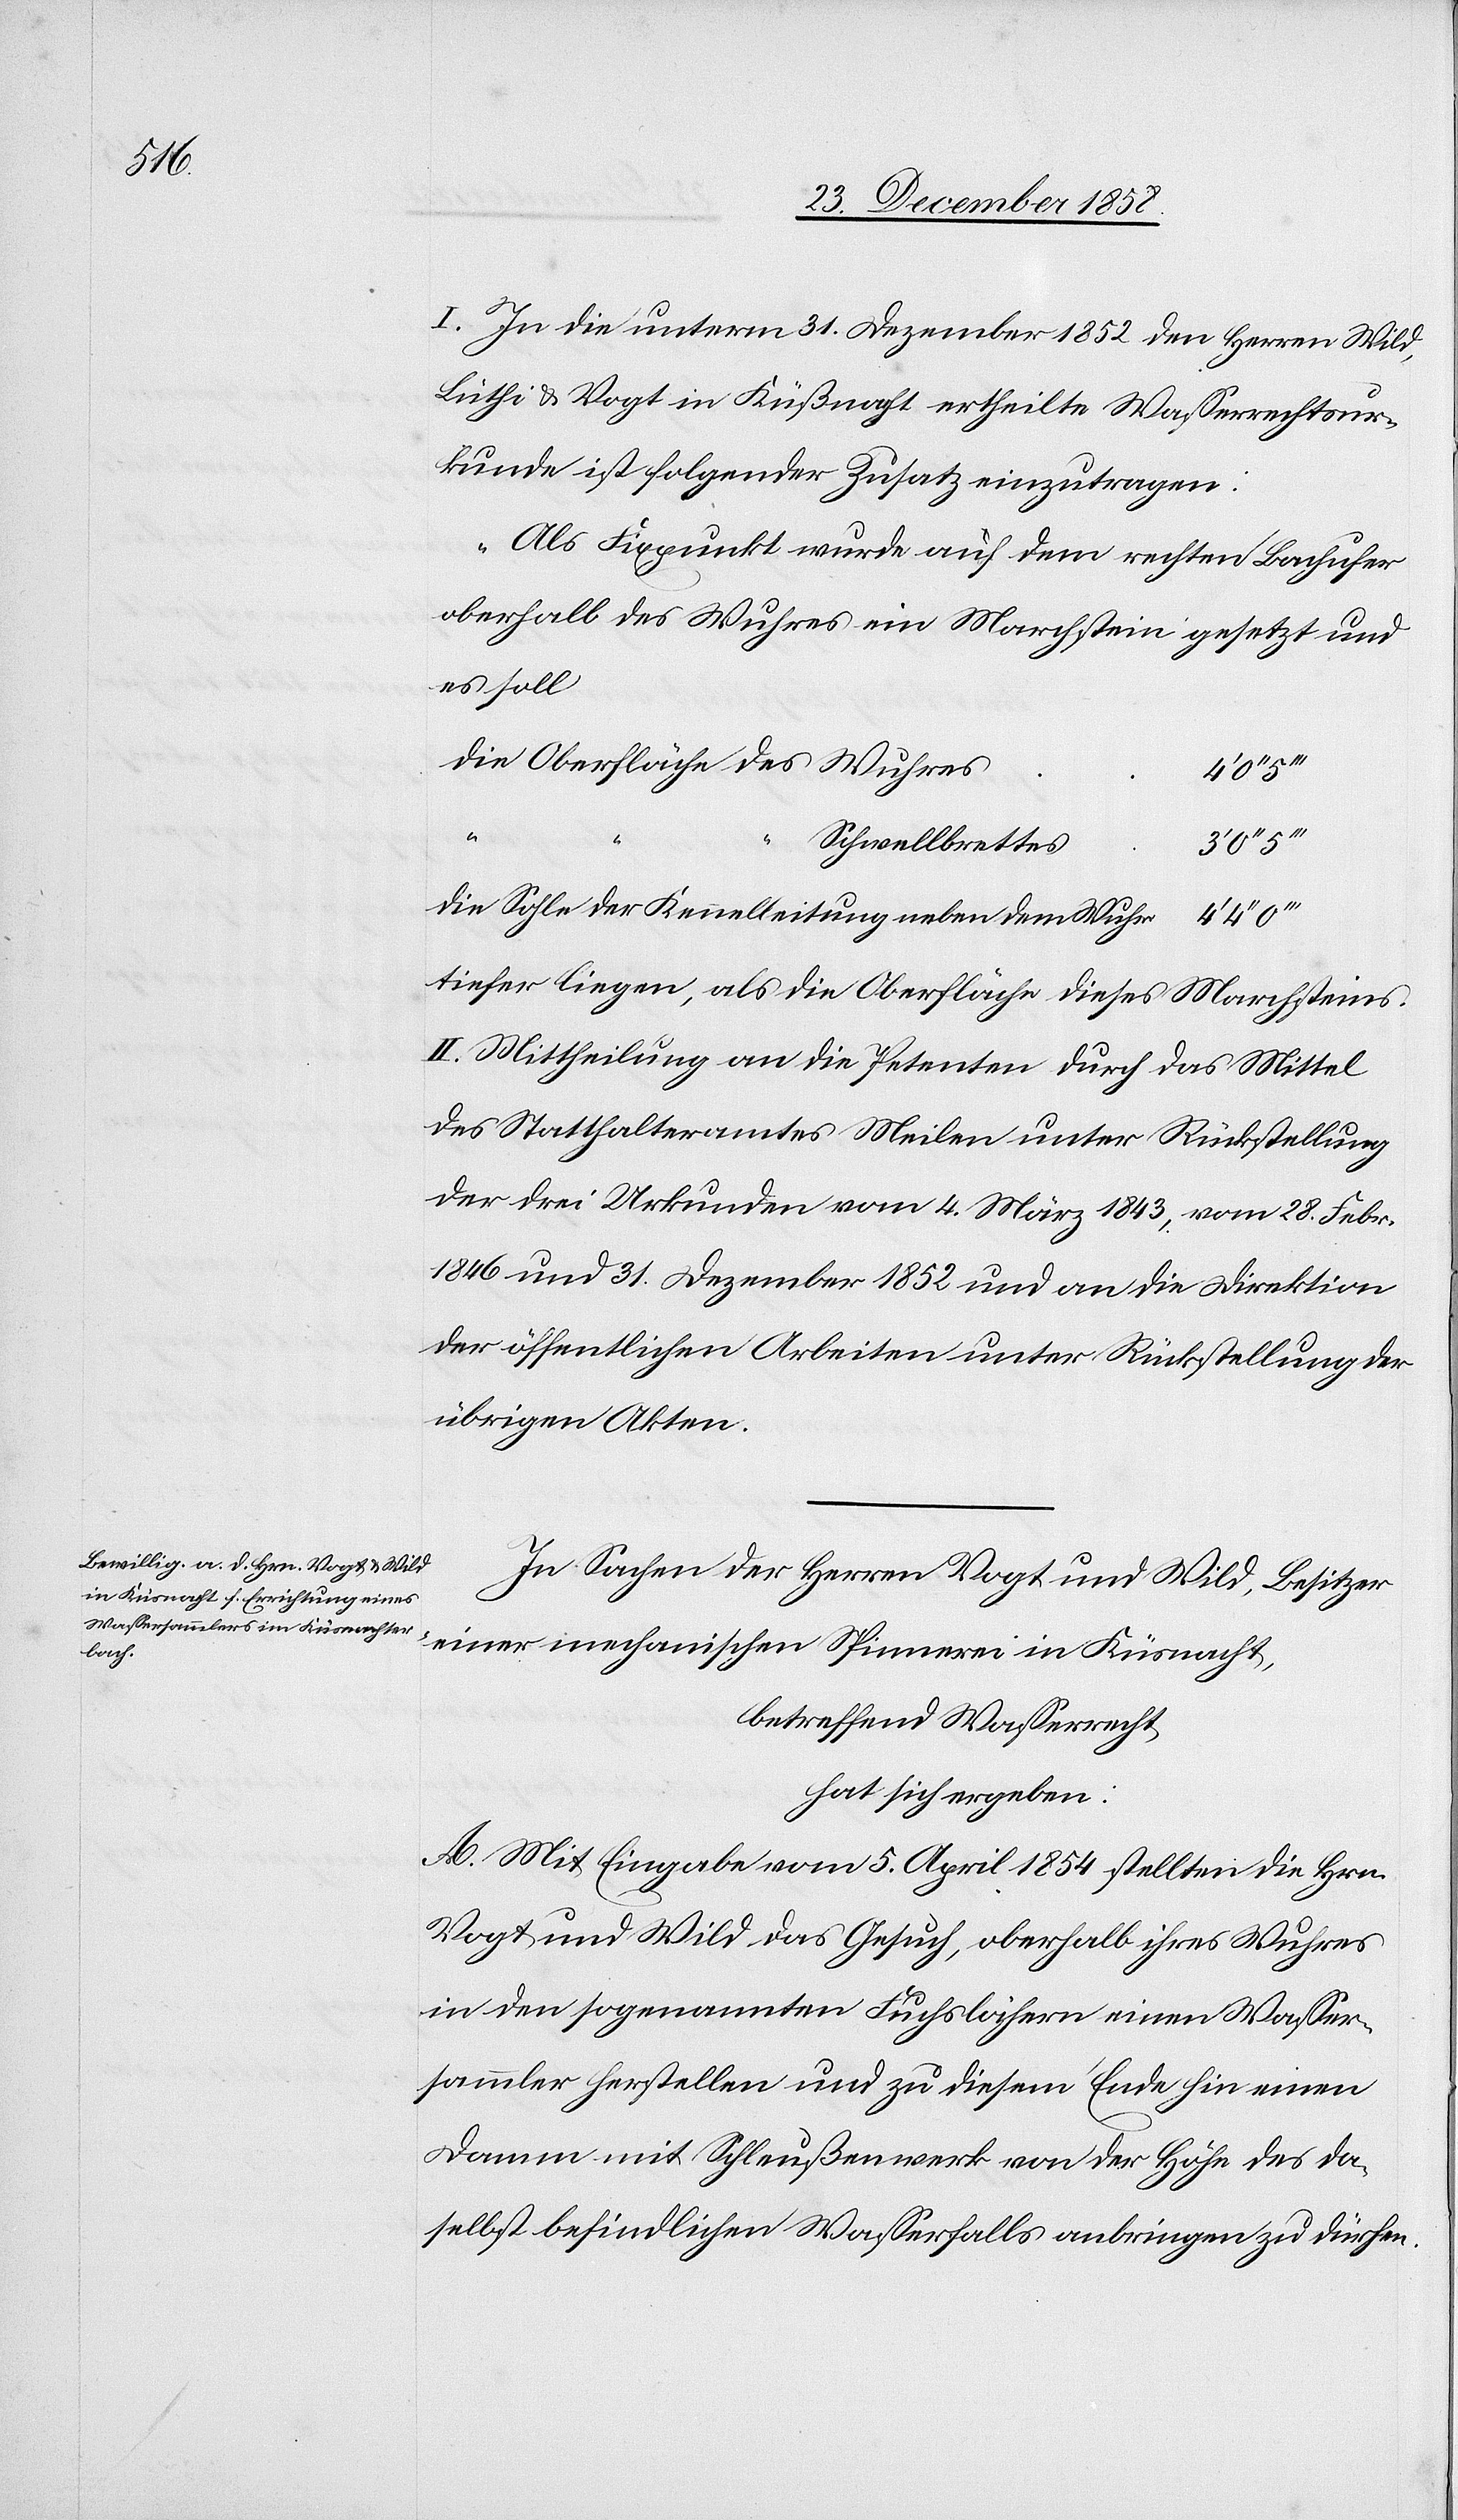
I. In die unterm 31. Dezember 1852 den Herren Wild,
Lüthi & Vogt in Küßnacht ertheilte Wasserrechtsur¬
kunde ist folgender Zusatz einzutragen:
„Als Fixpunkt wurde auf dem rechten Bachufer
oberhalb des Wuhres ein Marchstein gesetzt und
es soll
die Oberfläche des Wuhres
“
Schwellbrettes
die Sohle der Kennelleitung neben dem Wuhr
tiefer liegen, als die Oberfläche dieses Marchsteins.[“]
II. Mittheilung an die Petenten durch das Mittel
des Statthalteramtes Meilen unter Rückstellung
der drei Urkunden vom 4. März 1843, vom 28. Febr.
1846 und 31. Dezember 1852 und an die Direktion
der öffentlichen Arbeiten unter Rückstellung der
übrigen Akten.
In Sachen der Herren Vogt und Wild, Besitzer
einer mechanischen Spinnerei in Küsnacht,
betreffend Wasserrecht,
hat sich ergeben:
A. Mit Eingabe vom 5. April 1854 stellten die Hrn.
Vogt und Wild das Gesuch, oberhalb ihres Wuhres
in den sogenannten Fuchslöchern einen Wasser¬
sammler herstellen und zu diesem Ende hin einen
Damm mit Schleußenwerk von der Höhe des da¬
selbst befindlichen Wasserfalls anbringen zu dürfen.